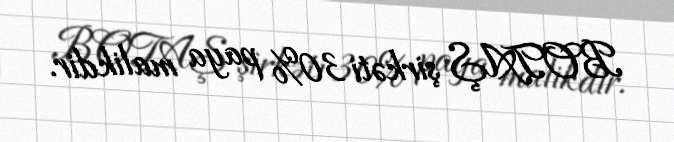
BOTAŞ şirkəti 30% paya malikdir.